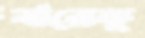
বারেকু